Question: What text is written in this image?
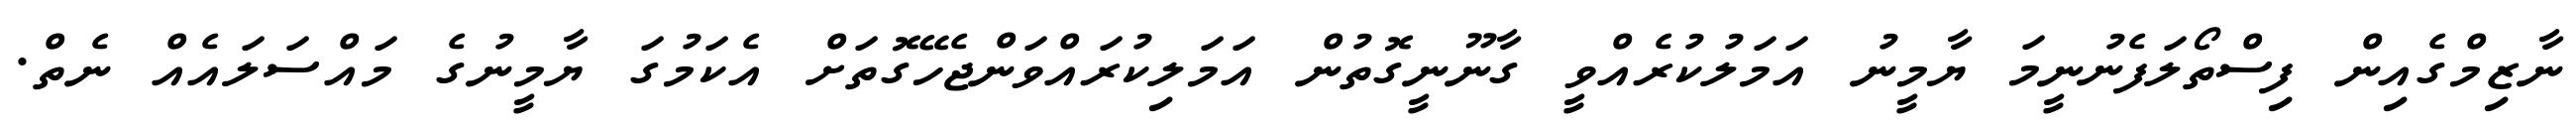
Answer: ނާޒިމްގެއިން ފިސްތޯލަފެނުނީމަ ޔާމީނު އަމަލުކުރެއްވީ ގާނޫނީގޮތުން އަމަލިކުރައްވަންޖެހޭގޮތަށް އެކަމުގަ ޔާމީނުގެ މައްސަލައެއް ނެތް.